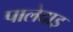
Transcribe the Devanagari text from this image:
पालेदाइ